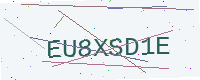
Text: EU8XSD1E